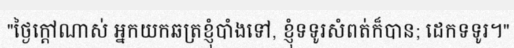
"ថ្ងៃក្តៅណាស់ អ្នកយកឆត្រខ្ញុំបាំងទៅ, ខ្ញុំទទូរសំពត់ក៏បាន; ដេកទទូរ។"